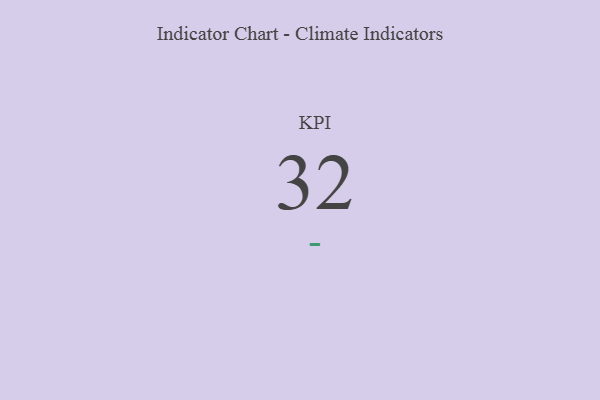
{"axis": {"x": "KPI", "y": "Value"}, "legend": [""], "data": [{"x": "KPI", "y": 32, "type": ""}]}